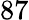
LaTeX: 87